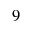
9